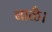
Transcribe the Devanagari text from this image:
बाळै।